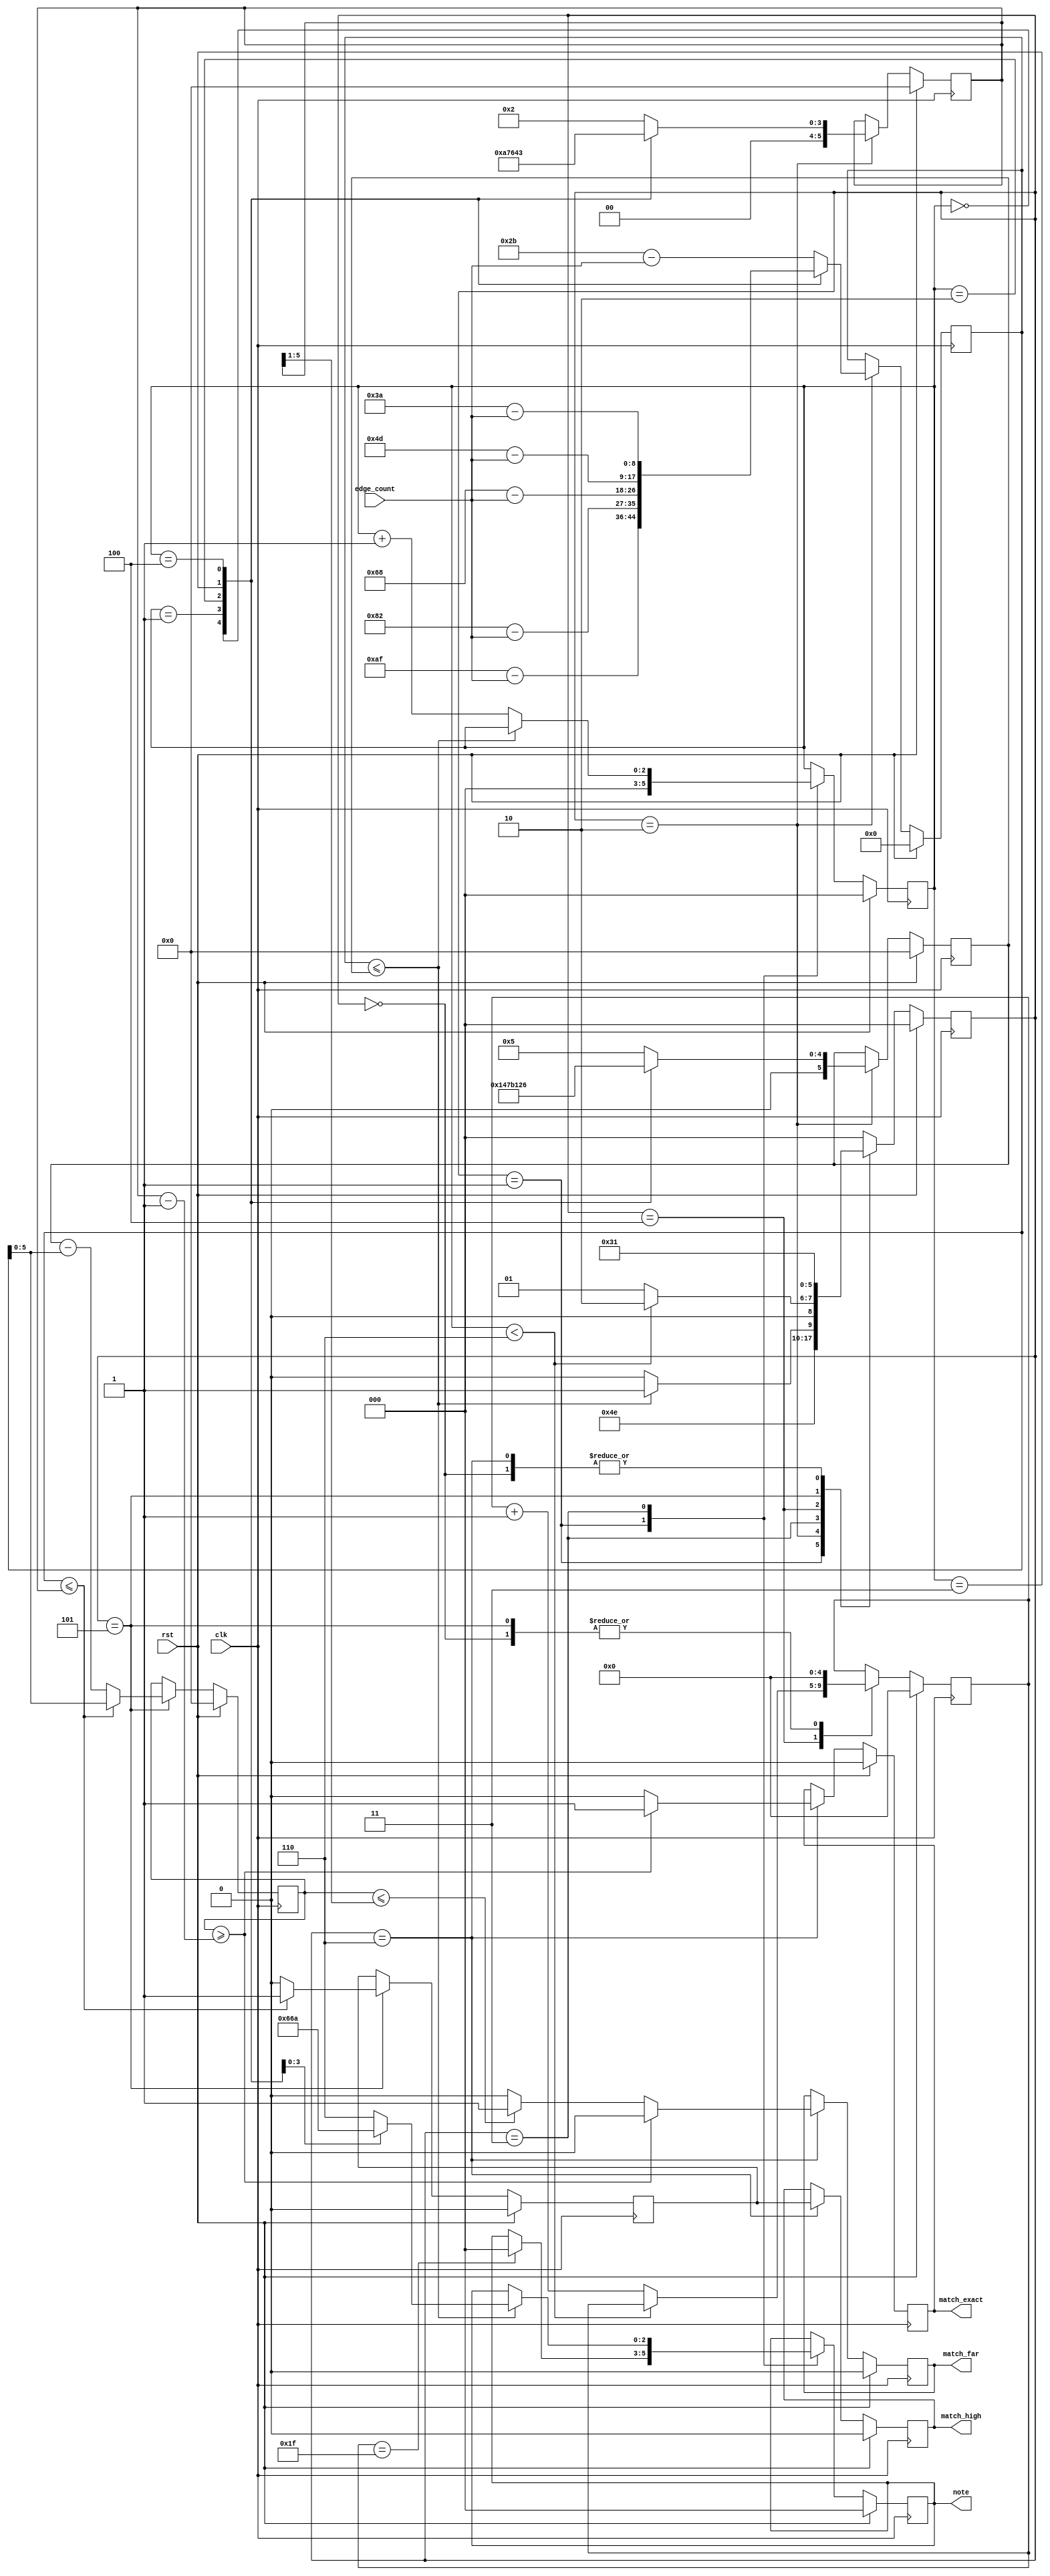
/*
    Neptune v1.0.0 proportional window, for tinytapeout3.
    Copyright (C) 2023 Pat Deegan, https://psychogenic.com
    This program is free software: you can redistribute it and/or modify
    it under the terms of the GNU General Public License as published by
    the Free Software Foundation, either version 3 of the License, or
    (at your option) any later version.
    This program is distributed in the hope that it will be useful,
    but WITHOUT ANY WARRANTY; without even the implied warranty of
    MERCHANTABILITY or FITNESS FOR A PARTICULAR PURPOSE.  See the
    GNU General Public License for more details.
    You should have received a copy of the GNU General Public License
    along with this program.  If not, see <https://www.gnu.org/licenses/>.
*/



`default_nettype none
`timescale 1ns/1ps
/* Generated by Yosys 0.28+1 (git sha1 a9c792dce, clang 10.0.0-4ubuntu1 -fPIC -Os) */

module discriminator(rst, edge_count, note, match_exact, match_high, match_far, clk);
  reg \$auto$verilog_backend.cc:2097:dump_module$1  = 0;
  wire \$1 ;
  wire \$10 ;
  wire [3:0] \$12 ;
  wire [3:0] \$13 ;
  wire \$15 ;
  wire \$17 ;
  wire [8:0] \$19 ;
  wire [8:0] \$21 ;
  wire [8:0] \$23 ;
  wire [8:0] \$25 ;
  wire [8:0] \$27 ;
  wire [8:0] \$29 ;
  wire \$3 ;
  wire [5:0] \$31 ;
  wire [5:0] \$33 ;
  wire [5:0] \$35 ;
  wire [5:0] \$37 ;
  wire [5:0] \$39 ;
  wire [5:0] \$41 ;
  wire \$43 ;
  wire [9:0] \$45 ;
  wire [9:0] \$46 ;
  wire \$48 ;
  wire \$5 ;
  wire [6:0] \$50 ;
  wire \$52 ;
  wire [6:0] \$54 ;
  wire \$56 ;
  wire [5:0] \$58 ;
  wire \$60 ;
  wire [5:0] \$7 ;
  wire [5:0] \$8 ;
  input clk;
  wire clk;
  reg [2:0] curNoteIndex = 3'h0;
  reg [2:0] \curNoteIndex$next ;
  (* enum_base_type = "DiscriminatorState" *)
  (* enum_value_000 = "PowerUp" *)
  (* enum_value_001 = "Init" *)
  (* enum_value_010 = "CalculateDiffFromTarget" *)
  (* enum_value_011 = "Compare" *)
  (* enum_value_100 = "MovedToNextCheckBounds" *)
  (* enum_value_101 = "DetectedValidNote" *)
  (* enum_value_110 = "DisplayResult" *)
  reg [2:0] curState = 3'h0;
  reg [2:0] \curState$next ;
  reg [5:0] detectionWindow = 6'h00;
  reg [5:0] \detectionWindow$next ;
  reg [5:0] detectionWindowMidPoint = 6'h00;
  reg [5:0] \detectionWindowMidPoint$next ;
  input [7:0] edge_count;
  wire [7:0] edge_count;
  reg inputFreqHigher = 1'h0;
  reg \inputFreqHigher$next ;
  output match_exact;
  reg match_exact = 1'h0;
  reg \match_exact$next ;
  output match_far;
  reg match_far = 1'h0;
  reg \match_far$next ;
  output match_high;
  reg match_high = 1'h0;
  reg \match_high$next ;
  reg [4:0] noMatchCount = 5'h00;
  reg [4:0] \noMatchCount$next ;
  output [2:0] note;
  reg [2:0] note = 3'h0;
  reg [2:0] \note$next ;
  reg [5:0] readingProximityResult = 6'h00;
  reg [5:0] \readingProximityResult$next ;
  input rst;
  wire rst;
  reg [8:0] subtractResult = 9'h000;
  reg [8:0] \subtractResult$next ;
  assign \$10  = subtractResult <= detectionWindow;
  assign \$13  = curNoteIndex + 1'h1;
  assign \$15  = noMatchCount == 5'h1f;
  assign \$17  = subtractResult <= detectionWindow;
  assign \$1  = subtractResult <= detectionWindow;
  assign \$19  = 8'haf - edge_count;
  assign \$21  = 8'h82 - edge_count;
  assign \$23  = 8'h68 - edge_count;
  assign \$25  = 8'h4d - edge_count;
  assign \$27  = 8'h3a - edge_count;
  assign \$29  = 8'h2b - edge_count;
  assign \$3  = curNoteIndex < 3'h6;
  assign \$43  = subtractResult <= detectionWindowMidPoint;
  assign \$46  = detectionWindow - subtractResult;
  assign \$48  = subtractResult <= detectionWindowMidPoint;
  assign \$50  = detectionWindowMidPoint - 1'h1;
  assign \$52  = readingProximityResult >= \$50 ;
  assign \$54  = detectionWindowMidPoint - 1'h1;
  assign \$56  = readingProximityResult >= \$54 ;
  assign \$5  = curNoteIndex < 3'h6;
  assign \$60  = readingProximityResult <= \$58 ;
  always @(posedge clk)
    curState <= \curState$next ;
  always @(posedge clk)
    noMatchCount <= \noMatchCount$next ;
  always @(posedge clk)
    curNoteIndex <= \curNoteIndex$next ;
  always @(posedge clk)
    note <= \note$next ;
  always @(posedge clk)
    subtractResult <= \subtractResult$next ;
  always @(posedge clk)
    detectionWindow <= \detectionWindow$next ;
  always @(posedge clk)
    detectionWindowMidPoint <= \detectionWindowMidPoint$next ;
  always @(posedge clk)
    readingProximityResult <= \readingProximityResult$next ;
  always @(posedge clk)
    inputFreqHigher <= \inputFreqHigher$next ;
  always @(posedge clk)
    match_exact <= \match_exact$next ;
  always @(posedge clk)
    match_far <= \match_far$next ;
  always @(posedge clk)
    match_high <= \match_high$next ;
  assign \$8  = noMatchCount + 1'h1;
  always @* begin
    if (\$auto$verilog_backend.cc:2097:dump_module$1 ) begin end
    (* full_case = 32'd1 *)
    casez (curState)
      3'h0:
          \curState$next  = 3'h1;
      3'h1:
          \curState$next  = 3'h2;
      3'h2:
          \curState$next  = 3'h3;
      3'h3:
          (* full_case = 32'd1 *)
          casez (\$1 )
            1'h1:
                \curState$next  = 3'h5;
            default:
                \curState$next  = 3'h4;
          endcase
      3'h4:
          (* full_case = 32'd1 *)
          casez (\$3 )
            1'h1:
                \curState$next  = 3'h2;
            default:
                \curState$next  = 3'h1;
          endcase
      3'h5:
          \curState$next  = 3'h6;
      3'h6:
          \curState$next  = 3'h1;
      default:
          \curState$next  = 3'h0;
    endcase
    casez (rst)
      1'h1:
          \curState$next  = 3'h0;
    endcase
  end
  always @* begin
    if (\$auto$verilog_backend.cc:2097:dump_module$1 ) begin end
    \noMatchCount$next  = noMatchCount;
    casez (curState)
      3'h0:
          \noMatchCount$next  = 5'h00;
      3'h1:
          /* empty */;
      3'h2:
          /* empty */;
      3'h3:
          /* empty */;
      3'h4:
          (* full_case = 32'd1 *)
          casez (\$5 )
            1'h1:
                /* empty */;
            default:
                \noMatchCount$next  = \$8 [4:0];
          endcase
      3'h5:
          \noMatchCount$next  = 5'h00;
    endcase
    casez (rst)
      1'h1:
          \noMatchCount$next  = 5'h00;
    endcase
  end
  always @* begin
    if (\$auto$verilog_backend.cc:2097:dump_module$1 ) begin end
    \match_far$next  = match_far;
    casez (curState)
      3'h0:
          /* empty */;
      3'h1:
          /* empty */;
      3'h2:
          /* empty */;
      3'h3:
          /* empty */;
      3'h4:
          /* empty */;
      3'h5:
          /* empty */;
      3'h6:
          (* full_case = 32'd1 *)
          casez (\$56 )
            1'h1:
                \match_far$next  = 1'h0;
            default:
                (* full_case = 32'd1 *)
                casez (\$60 )
                  1'h1:
                      \match_far$next  = 1'h1;
                  default:
                      \match_far$next  = 1'h0;
                endcase
          endcase
    endcase
    casez (rst)
      1'h1:
          \match_far$next  = 1'h0;
    endcase
  end
  always @* begin
    if (\$auto$verilog_backend.cc:2097:dump_module$1 ) begin end
    \match_high$next  = match_high;
    casez (curState)
      3'h0:
          /* empty */;
      3'h1:
          /* empty */;
      3'h2:
          /* empty */;
      3'h3:
          /* empty */;
      3'h4:
          /* empty */;
      3'h5:
          /* empty */;
      3'h6:
          \match_high$next  = inputFreqHigher;
    endcase
    casez (rst)
      1'h1:
          \match_high$next  = 1'h0;
    endcase
  end
  always @* begin
    if (\$auto$verilog_backend.cc:2097:dump_module$1 ) begin end
    \curNoteIndex$next  = curNoteIndex;
    casez (curState)
      3'h0:
          /* empty */;
      3'h1:
          \curNoteIndex$next  = 3'h0;
      3'h2:
          /* empty */;
      3'h3:
          (* full_case = 32'd1 *)
          casez (\$10 )
            1'h1:
                /* empty */;
            default:
                \curNoteIndex$next  = \$13 [2:0];
          endcase
    endcase
    casez (rst)
      1'h1:
          \curNoteIndex$next  = 3'h0;
    endcase
  end
  always @* begin
    if (\$auto$verilog_backend.cc:2097:dump_module$1 ) begin end
    \note$next  = note;
    casez (curState)
      3'h0:
          /* empty */;
      3'h1:
          casez (\$15 )
            1'h1:
                \note$next  = 3'h0;
          endcase
      3'h2:
          /* empty */;
      3'h3:
          casez (\$17 )
            1'h1:
                (* full_case = 32'd1 *)
                casez (curNoteIndex)
                  3'h0:
                      \note$next  = 3'h6;
                  3'h1:
                      \note$next  = 3'h3;
                  3'h2:
                      \note$next  = 3'h1;
                  3'h3:
                      \note$next  = 3'h5;
                  3'h4:
                      \note$next  = 3'h2;
                  3'h?:
                      \note$next  = 3'h6;
                endcase
          endcase
    endcase
    casez (rst)
      1'h1:
          \note$next  = 3'h0;
    endcase
  end
  always @* begin
    if (\$auto$verilog_backend.cc:2097:dump_module$1 ) begin end
    \subtractResult$next  = subtractResult;
    casez (curState)
      3'h0:
          /* empty */;
      3'h1:
          /* empty */;
      3'h2:
          (* full_case = 32'd1 *)
          casez (curNoteIndex)
            3'h0:
                \subtractResult$next  = \$19 ;
            3'h1:
                \subtractResult$next  = \$21 ;
            3'h2:
                \subtractResult$next  = \$23 ;
            3'h3:
                \subtractResult$next  = \$25 ;
            3'h4:
                \subtractResult$next  = \$27 ;
            3'h?:
                \subtractResult$next  = \$29 ;
          endcase
    endcase
    casez (rst)
      1'h1:
          \subtractResult$next  = 9'h000;
    endcase
  end
  always @* begin
    if (\$auto$verilog_backend.cc:2097:dump_module$1 ) begin end
    \detectionWindow$next  = detectionWindow;
    casez (curState)
      3'h0:
          /* empty */;
      3'h1:
          /* empty */;
      3'h2:
          (* full_case = 32'd1 *)
          casez (curNoteIndex)
            3'h0:
                \detectionWindow$next  = 6'h14;
            3'h1:
                \detectionWindow$next  = 6'h0f;
            3'h2:
                \detectionWindow$next  = 6'h0c;
            3'h3:
                \detectionWindow$next  = 6'h09;
            3'h4:
                \detectionWindow$next  = 6'h06;
            3'h?:
                \detectionWindow$next  = 6'h05;
          endcase
    endcase
    casez (rst)
      1'h1:
          \detectionWindow$next  = 6'h00;
    endcase
  end
  always @* begin
    if (\$auto$verilog_backend.cc:2097:dump_module$1 ) begin end
    \detectionWindowMidPoint$next  = detectionWindowMidPoint;
    casez (curState)
      3'h0:
          /* empty */;
      3'h1:
          /* empty */;
      3'h2:
          (* full_case = 32'd1 *)
          casez (curNoteIndex)
            3'h0:
                \detectionWindowMidPoint$next  = \$31 ;
            3'h1:
                \detectionWindowMidPoint$next  = \$33 ;
            3'h2:
                \detectionWindowMidPoint$next  = \$35 ;
            3'h3:
                \detectionWindowMidPoint$next  = \$37 ;
            3'h4:
                \detectionWindowMidPoint$next  = \$39 ;
            3'h?:
                \detectionWindowMidPoint$next  = \$41 ;
          endcase
    endcase
    casez (rst)
      1'h1:
          \detectionWindowMidPoint$next  = 6'h00;
    endcase
  end
  always @* begin
    if (\$auto$verilog_backend.cc:2097:dump_module$1 ) begin end
    \readingProximityResult$next  = readingProximityResult;
    casez (curState)
      3'h0:
          /* empty */;
      3'h1:
          /* empty */;
      3'h2:
          /* empty */;
      3'h3:
          /* empty */;
      3'h4:
          /* empty */;
      3'h5:
          (* full_case = 32'd1 *)
          casez (\$43 )
            1'h1:
                \readingProximityResult$next  = subtractResult[5:0];
            default:
                \readingProximityResult$next  = \$46 [5:0];
          endcase
    endcase
    casez (rst)
      1'h1:
          \readingProximityResult$next  = 6'h00;
    endcase
  end
  always @* begin
    if (\$auto$verilog_backend.cc:2097:dump_module$1 ) begin end
    \inputFreqHigher$next  = inputFreqHigher;
    casez (curState)
      3'h0:
          /* empty */;
      3'h1:
          /* empty */;
      3'h2:
          /* empty */;
      3'h3:
          /* empty */;
      3'h4:
          /* empty */;
      3'h5:
          (* full_case = 32'd1 *)
          casez (\$48 )
            1'h1:
                \inputFreqHigher$next  = 1'h1;
            default:
                \inputFreqHigher$next  = 1'h0;
          endcase
    endcase
    casez (rst)
      1'h1:
          \inputFreqHigher$next  = 1'h0;
    endcase
  end
  always @* begin
    if (\$auto$verilog_backend.cc:2097:dump_module$1 ) begin end
    \match_exact$next  = match_exact;
    casez (curState)
      3'h0:
          /* empty */;
      3'h1:
          /* empty */;
      3'h2:
          /* empty */;
      3'h3:
          /* empty */;
      3'h4:
          /* empty */;
      3'h5:
          /* empty */;
      3'h6:
          (* full_case = 32'd1 *)
          casez (\$52 )
            1'h1:
                \match_exact$next  = 1'h1;
            default:
                \match_exact$next  = 1'h0;
          endcase
    endcase
    casez (rst)
      1'h1:
          \match_exact$next  = 1'h0;
    endcase
  end
  assign \$7  = \$8 ;
  assign \$12  = \$13 ;
  assign \$45  = \$46 ;
  assign \$31  = 6'h0a;
  assign \$33  = 6'h07;
  assign \$35  = 6'h06;
  assign \$37  = 6'h04;
  assign \$39  = 6'h03;
  assign \$41  = 6'h02;
  assign \$58  = { 1'h0, detectionWindowMidPoint[5:1] };
endmodule

module display(rst, valueNote, valueProxim, segments, proximitySelect, clk);
  reg \$auto$verilog_backend.cc:2097:dump_module$2  = 0;
  wire \$1 ;
  input clk;
  wire clk;
  wire [7:0] notedisplay_segments;
  reg [2:0] notedisplay_value = 3'h0;
  reg [2:0] \notedisplay_value$next ;
  wire [7:0] proxdisplay_segments;
  reg [2:0] proxdisplay_value = 3'h0;
  reg [2:0] \proxdisplay_value$next ;
  output proximitySelect;
  reg proximitySelect = 1'h0;
  reg \proximitySelect$next ;
  input rst;
  wire rst;
  output [7:0] segments;
  reg [7:0] segments = 8'h00;
  reg [7:0] \segments$next ;
  input [2:0] valueNote;
  wire [2:0] valueNote;
  input [2:0] valueProxim;
  wire [2:0] valueProxim;
  assign \$1  = ! valueNote;
  always @(posedge clk)
    notedisplay_value <= \notedisplay_value$next ;
  always @(posedge clk)
    proxdisplay_value <= \proxdisplay_value$next ;
  always @(posedge clk)
    proximitySelect <= \proximitySelect$next ;
  always @(posedge clk)
    segments <= \segments$next ;
  notedisplay notedisplay (
    .clk(clk),
    .rst(rst),
    .segments(notedisplay_segments),
    .value(notedisplay_value)
  );
  proxdisplay proxdisplay (
    .clk(clk),
    .rst(rst),
    .segments(proxdisplay_segments),
    .value(proxdisplay_value)
  );
  always @* begin
    if (\$auto$verilog_backend.cc:2097:dump_module$2 ) begin end
    \notedisplay_value$next  = valueNote;
    casez (rst)
      1'h1:
          \notedisplay_value$next  = 3'h0;
    endcase
  end
  always @* begin
    if (\$auto$verilog_backend.cc:2097:dump_module$2 ) begin end
    \proxdisplay_value$next  = valueProxim;
    casez (rst)
      1'h1:
          \proxdisplay_value$next  = 3'h0;
    endcase
  end
  always @* begin
    if (\$auto$verilog_backend.cc:2097:dump_module$2 ) begin end
    \proximitySelect$next  = 1'h1;
    casez (proximitySelect)
      1'h1:
          \proximitySelect$next  = 1'h0;
    endcase
    casez (rst)
      1'h1:
          \proximitySelect$next  = 1'h0;
    endcase
  end
  always @* begin
    if (\$auto$verilog_backend.cc:2097:dump_module$2 ) begin end
    (* full_case = 32'd1 *)
    casez (proximitySelect)
      1'h1:
          (* full_case = 32'd1 *)
          casez (\$1 )
            1'h1:
                \segments$next  = notedisplay_segments;
            default:
                \segments$next  = proxdisplay_segments;
          endcase
      default:
          \segments$next  = notedisplay_segments;
    endcase
    casez (rst)
      1'h1:
          \segments$next  = 8'h00;
    endcase
  end
endmodule

module edge_detect(rst, \input , \output , clk);
  reg \$auto$verilog_backend.cc:2097:dump_module$3  = 0;
  wire \$1 ;
  wire \$3 ;
  input clk;
  wire clk;
  wire ffsync_syncOut;
  input \input ;
  wire \input ;
  output \output ;
  reg \output  = 1'h0;
  reg \output$next ;
  input rst;
  wire rst;
  reg seenRising = 1'h0;
  reg \seenRising$next ;
  assign \$1  = ~ seenRising;
  assign \$3  = ~ seenRising;
  always @(posedge clk)
    \output  <= \output$next ;
  always @(posedge clk)
    seenRising <= \seenRising$next ;
  ffsync ffsync (
    .clk(clk),
    .\input (\input ),
    .rst(rst),
    .syncOut(ffsync_syncOut)
  );
  always @* begin
    if (\$auto$verilog_backend.cc:2097:dump_module$3 ) begin end
    \output$next  = 1'h0;
    casez (ffsync_syncOut)
      1'h1:
          casez (\$1 )
            1'h1:
                \output$next  = 1'h1;
          endcase
    endcase
    casez (rst)
      1'h1:
          \output$next  = 1'h0;
    endcase
  end
  always @* begin
    if (\$auto$verilog_backend.cc:2097:dump_module$3 ) begin end
    \seenRising$next  = seenRising;
    (* full_case = 32'd1 *)
    casez (ffsync_syncOut)
      1'h1:
          casez (\$3 )
            1'h1:
                \seenRising$next  = 1'h1;
          endcase
      default:
          \seenRising$next  = 1'h0;
    endcase
    casez (rst)
      1'h1:
          \seenRising$next  = 1'h0;
    endcase
  end
endmodule

module ffsync(rst, \input , syncOut, clk);
  input clk;
  wire clk;
  input \input ;
  wire \input ;
  input rst;
  wire rst;
  reg stage0 = 1'h0;
  wire \stage0$next ;
  reg stage1 = 1'h0;
  wire \stage1$next ;
  output syncOut;
  wire syncOut;
  always @(posedge clk)
    stage0 <= \stage0$next ;
  always @(posedge clk)
    stage1 <= \stage1$next ;
  assign syncOut = stage1;
  assign \stage1$next  = stage0;
  assign \stage0$next  = \input ;
endmodule

module notedisplay(rst, value, segments, clk);
  reg \$auto$verilog_backend.cc:2097:dump_module$4  = 0;
  wire \$1 ;
  input clk;
  wire clk;
  input rst;
  wire rst;
  output [7:0] segments;
  reg [7:0] segments = 8'h00;
  reg [7:0] \segments$next ;
  input [2:0] value;
  wire [2:0] value;
  assign \$1  = value < 4'h8;
  always @(posedge clk)
    segments <= \segments$next ;
  always @* begin
    if (\$auto$verilog_backend.cc:2097:dump_module$4 ) begin end
    \segments$next  = 8'h00;
    casez (\$1 )
      1'h1:
          (* full_case = 32'd1 *)
          casez (value)
            3'h0:
                \segments$next  = 8'h02;
            3'h1:
                \segments$next  = 8'hf6;
            3'h2:
                \segments$next  = 8'hee;
            3'h3:
                \segments$next  = 8'h3e;
            3'h4:
                \segments$next  = 8'h9c;
            3'h5:
                \segments$next  = 8'h7a;
            3'h6:
                \segments$next  = 8'h9e;
            3'h?:
                \segments$next  = 8'h8e;
          endcase
    endcase
    casez (rst)
      1'h1:
          \segments$next  = 8'h00;
    endcase
  end
endmodule

module proxdisplay(rst, value, segments, clk);
  reg \$auto$verilog_backend.cc:2097:dump_module$5  = 0;
  wire \$1 ;
  input clk;
  wire clk;
  input rst;
  wire rst;
  output [7:0] segments;
  reg [7:0] segments = 8'h00;
  reg [7:0] \segments$next ;
  input [2:0] value;
  wire [2:0] value;
  assign \$1  = value < 4'h8;
  always @(posedge clk)
    segments <= \segments$next ;
  always @* begin
    if (\$auto$verilog_backend.cc:2097:dump_module$5 ) begin end
    \segments$next  = 8'h00;
    casez (\$1 )
      1'h1:
          (* full_case = 32'd1 *)
          casez (value)
            3'h0:
                \segments$next  = 8'h2a;
            3'h1:
                \segments$next  = 8'h01;
            3'h2:
                \segments$next  = 8'h46;
            3'h3:
                \segments$next  = 8'h01;
            3'h4:
                \segments$next  = 8'h38;
            3'h5:
                \segments$next  = 8'h01;
            3'h6:
                \segments$next  = 8'hc4;
            3'h?:
                \segments$next  = 8'h01;
          endcase
    endcase
    casez (rst)
      1'h1:
          \segments$next  = 8'h00;
    endcase
  end
endmodule

module psychogenic_neptuneprop(io_in, io_out);
  wire input_pulses;
  input [7:0] io_in;
  wire [7:0] io_in;
  output [7:0] io_out;
  wire [7:0] io_out;
  wire tuner_clk;
  wire [1:0] tuner_clock_config;
  wire [7:0] tuner_displaySegments;
  wire tuner_displaySelect;
  wire tuner_input_pulses;
  wire tuner_rst;
  tuner tuner (
    .clk(tuner_clk),
    .clock_config(tuner_clock_config),
    .displaySegments(tuner_displaySegments),
    .displaySelect(tuner_displaySelect),
    .input_pulses(tuner_input_pulses),
    .rst(tuner_rst)
  );
  assign io_out = { tuner_displaySelect, tuner_displaySegments[7:1] };
  assign tuner_input_pulses = input_pulses;
  assign tuner_clock_config = io_in[3:2];
  assign tuner_rst = io_in[1];
  assign tuner_clk = io_in[0];
  assign input_pulses = io_in[4];
endmodule

module pulsecounter(rst, \input , clock_config, pulseCount, clk);
  reg \$auto$verilog_backend.cc:2097:dump_module$6  = 0;
  wire [11:0] \$1 ;
  wire \$10 ;
  wire [11:0] \$12 ;
  wire [11:0] \$13 ;
  wire [11:0] \$2 ;
  wire \$4 ;
  wire \$6 ;
  wire \$8 ;
  input clk;
  wire clk;
  reg [10:0] clockCount = 11'h000;
  reg [10:0] \clockCount$next ;
  input [1:0] clock_config;
  wire [1:0] clock_config;
  wire edge_detect_input;
  wire edge_detect_output;
  input \input ;
  wire \input ;
  output [10:0] pulseCount;
  reg [10:0] pulseCount = 11'h000;
  reg [10:0] \pulseCount$next ;
  input rst;
  wire rst;
  reg [10:0] runningPulseCount = 11'h000;
  reg [10:0] \runningPulseCount$next ;
  reg [10:0] singlePeriodClockCount = 11'h000;
  reg [10:0] \singlePeriodClockCount$next ;
  assign \$10  = ! clockCount;
  assign \$13  = runningPulseCount + 1'h1;
  always @(posedge clk)
    clockCount <= \clockCount$next ;
  always @(posedge clk)
    singlePeriodClockCount <= \singlePeriodClockCount$next ;
  always @(posedge clk)
    pulseCount <= \pulseCount$next ;
  always @(posedge clk)
    runningPulseCount <= \runningPulseCount$next ;
  assign \$2  = clockCount + 1'h1;
  assign \$4  = clockCount == singlePeriodClockCount;
  assign \$6  = clockCount == singlePeriodClockCount;
  assign \$8  = clockCount == singlePeriodClockCount;
  edge_detect edge_detect (
    .clk(clk),
    .\input (edge_detect_input),
    .\output (edge_detect_output),
    .rst(rst)
  );
  always @* begin
    if (\$auto$verilog_backend.cc:2097:dump_module$6 ) begin end
    \clockCount$next  = \$2 [10:0];
    casez (\$4 )
      1'h1:
          \clockCount$next  = 11'h000;
    endcase
    casez (rst)
      1'h1:
          \clockCount$next  = 11'h000;
    endcase
  end
  always @* begin
    if (\$auto$verilog_backend.cc:2097:dump_module$6 ) begin end
    (* full_case = 32'd1 *)
    casez (clock_config)
      2'h0:
          \singlePeriodClockCount$next  = 11'h1f4;
      2'h1:
          \singlePeriodClockCount$next  = 11'h3e8;
      2'h3:
          \singlePeriodClockCount$next  = 11'h667;
      2'h2:
          \singlePeriodClockCount$next  = 11'h7d0;
    endcase
    casez (rst)
      1'h1:
          \singlePeriodClockCount$next  = 11'h000;
    endcase
  end
  always @* begin
    if (\$auto$verilog_backend.cc:2097:dump_module$6 ) begin end
    \pulseCount$next  = pulseCount;
    casez (\$6 )
      1'h1:
          \pulseCount$next  = runningPulseCount;
    endcase
    casez (rst)
      1'h1:
          \pulseCount$next  = 11'h000;
    endcase
  end
  always @* begin
    if (\$auto$verilog_backend.cc:2097:dump_module$6 ) begin end
    \runningPulseCount$next  = runningPulseCount;
    (* full_case = 32'd1 *)
    casez (\$8 )
      1'h1:
          /* empty */;
      default:
          (* full_case = 32'd1 *)
          casez (\$10 )
            1'h1:
                (* full_case = 32'd1 *)
                casez (edge_detect_output)
                  1'h1:
                      \runningPulseCount$next  = 11'h001;
                  default:
                      \runningPulseCount$next  = 11'h000;
                endcase
            default:
                casez (edge_detect_output)
                  1'h1:
                      \runningPulseCount$next  = \$13 [10:0];
                endcase
          endcase
    endcase
    casez (rst)
      1'h1:
          \runningPulseCount$next  = 11'h000;
    endcase
  end
  assign \$1  = \$2 ;
  assign \$12  = \$13 ;
  assign edge_detect_input = \input ;
endmodule

module tuner(rst, clock_config, input_pulses, displaySegments, displaySelect, clk);
  input clk;
  wire clk;
  input [1:0] clock_config;
  wire [1:0] clock_config;
  wire [7:0] discriminator_edge_count;
  wire discriminator_match_exact;
  wire discriminator_match_far;
  wire discriminator_match_high;
  wire [2:0] discriminator_note;
  output [7:0] displaySegments;
  wire [7:0] displaySegments;
  output displaySelect;
  wire displaySelect;
  wire display_proximitySelect;
  wire [7:0] display_segments;
  wire [2:0] display_valueNote;
  wire [2:0] display_valueProxim;
  input input_pulses;
  wire input_pulses;
  wire [1:0] pulsecounter_clock_config;
  wire pulsecounter_input;
  wire [10:0] pulsecounter_pulseCount;
  input rst;
  wire rst;
  discriminator discriminator (
    .clk(clk),
    .edge_count(discriminator_edge_count),
    .match_exact(discriminator_match_exact),
    .match_far(discriminator_match_far),
    .match_high(discriminator_match_high),
    .note(discriminator_note),
    .rst(rst)
  );
  display display (
    .clk(clk),
    .proximitySelect(display_proximitySelect),
    .rst(rst),
    .segments(display_segments),
    .valueNote(display_valueNote),
    .valueProxim(display_valueProxim)
  );
  pulsecounter pulsecounter (
    .clk(clk),
    .clock_config(pulsecounter_clock_config),
    .\input (pulsecounter_input),
    .pulseCount(pulsecounter_pulseCount),
    .rst(rst)
  );
  assign displaySelect = display_proximitySelect;
  assign displaySegments = display_segments;
  assign display_valueProxim = { discriminator_match_far, discriminator_match_high, discriminator_match_exact };
  assign display_valueNote = discriminator_note;
  assign discriminator_edge_count = pulsecounter_pulseCount[7:0];
  assign pulsecounter_clock_config = clock_config;
  assign pulsecounter_input = input_pulses;
endmodule